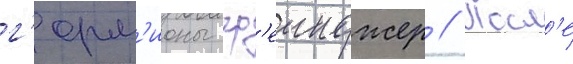
г'ерм'ионы гр'еинджер // Посл'е